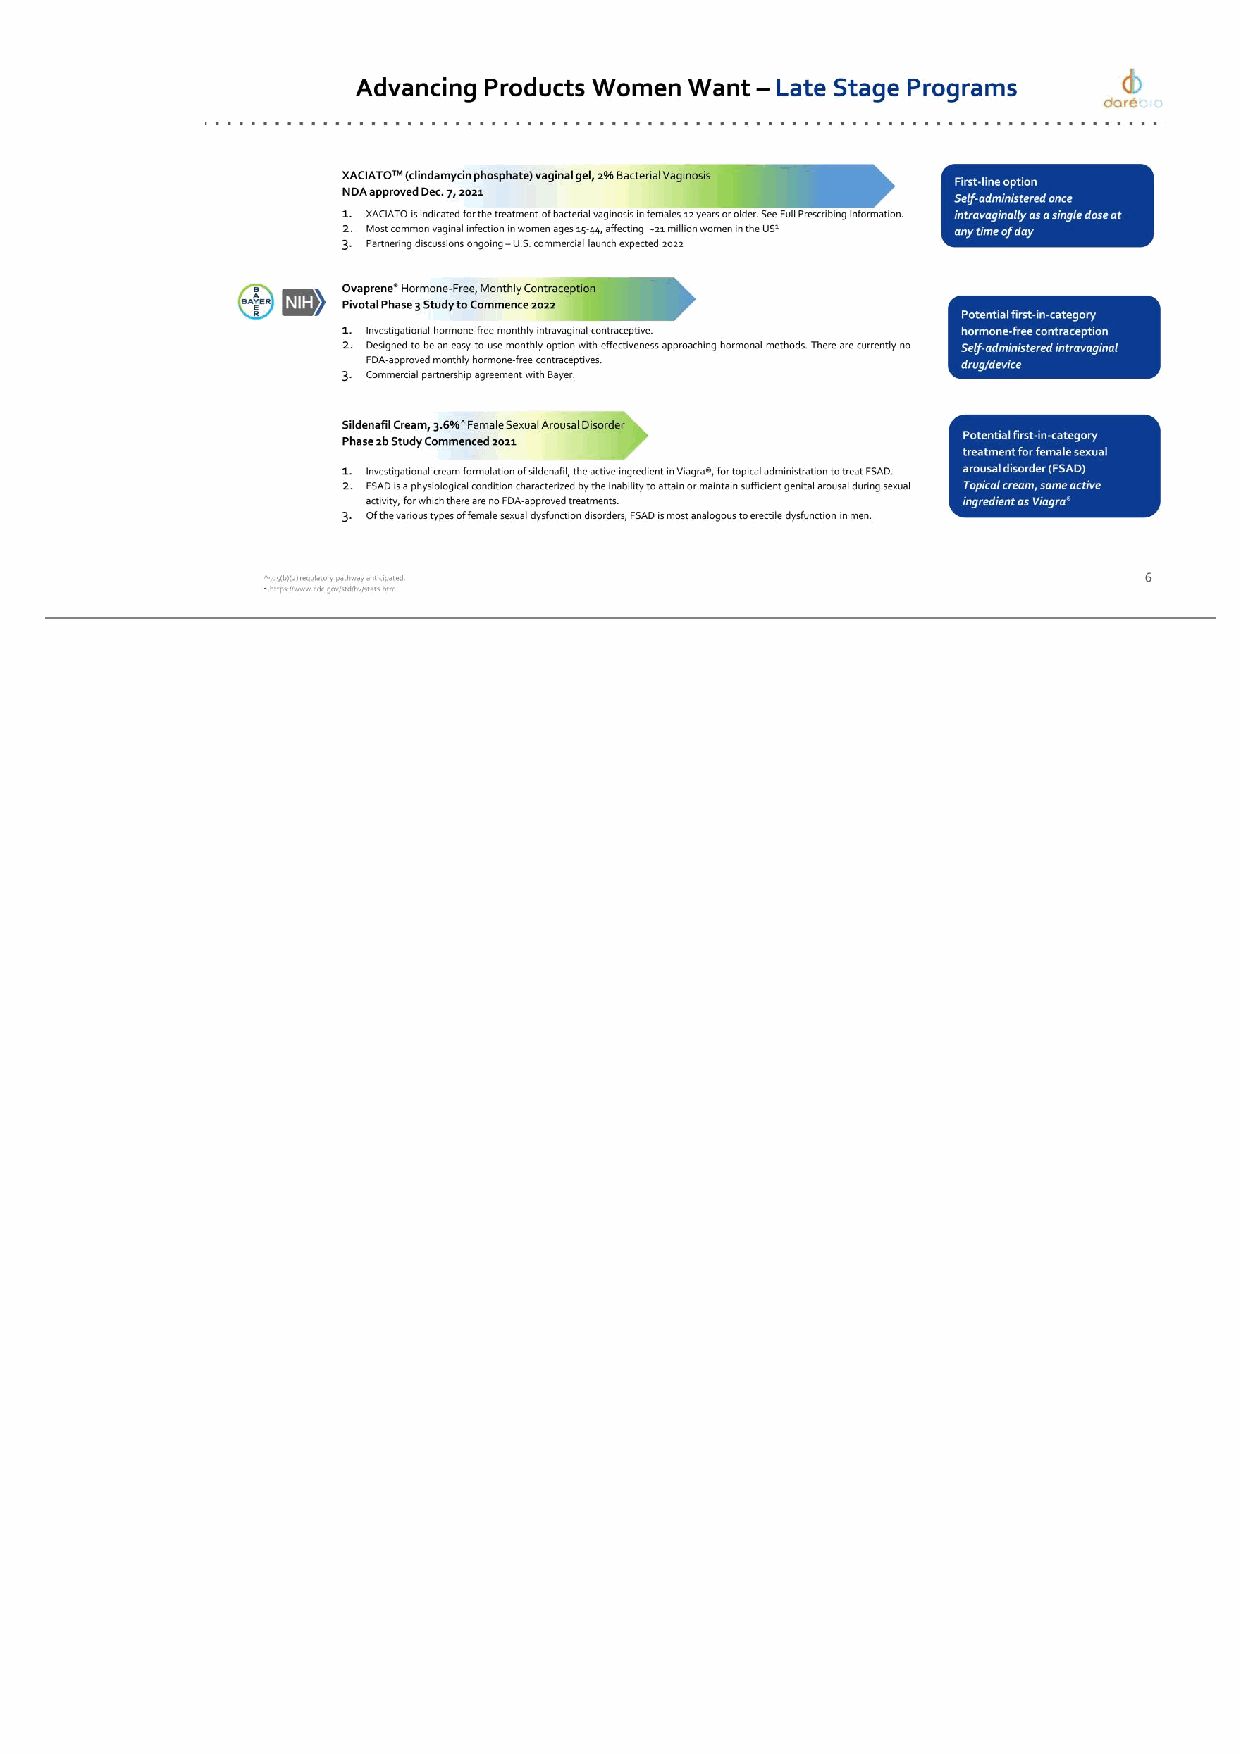
6 XACIATOTM (clindamycin phosphate) vaginal gel, 2% Bacterial Vaginosis NDA approved Dec. 7, 2021 1. XACIATO is indicated for the treatment of bacterial vaginosis in females 12 years or older. See Full Prescribing Information. 2. Most common vaginal infection in women ages 15-44, affecting ~21 million women in the US1 3. Partnering discussions ongoing – U.S. commercial launch expected 2022 Ovaprene® Hormone-Free, Monthly Contraception Pivotal Phase 3 Study to Commence 2022 1. Investigational hormone-free monthly intravaginal contraceptive. 2. Designed to be an easy-to-use monthly option with effectiveness approaching hormonal methods. There are currently no FDA-approved monthly hormone-free contraceptives. 3. Commercial partnership agreement with Bayer. Sildenafil Cream, 3.6% ^ Female Sexual Arousal Disorder Phase 2b Study Commenced 2021 1. Investigational cream formulation of sildenafil, the active ingredient in Viagra®, for topical administration to treat FSAD. 2. FSAD is a physiological condition characterized by the inability to attain or maintain sufficient genital arousal during sexual activity, for which there are no FDA-approved treatments. 3. Of the various types of female sexual dysfunction disorders, FSAD is most analogous to erectile dysfunction in men. ^505(b)(2) regulatory pathway anticipated. 1.https://www.cdc.gov/std/bv/stats.htm Advancing Products Women Want – Late Stage Programs First-line option Self-administered once intravaginally as a single dose at any time of day Potential first-in-category hormone-free contraception Self-administered intravaginal drug/device Potential first-in-category treatment for female sexual arousal disorder (FSAD) Topical cream, same active ingredient as Viagra®